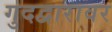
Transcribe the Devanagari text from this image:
गुदद्वारावर